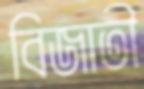
বিজাতী